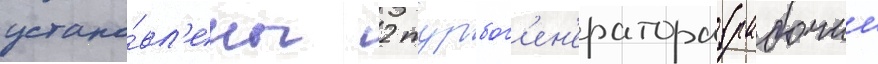
устано́вл'ены 2 турбог'ен'ератора (рабочии